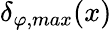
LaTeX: \delta_{\varphi,max}(x)